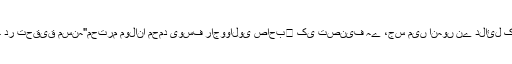
زیر تبصرہ کتاب " رسالہ مطمئنہ در تحقیق مسنہ"محترم مولانا محمد یوسف راجووالوی صاحب﷫ کی تصنیف ہے ،جس میں انہوں نے دلائل کے ساتھ مسنہ کی تحقیق کی ہے۔